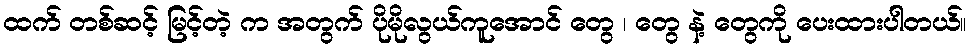
ထက် တစ်ဆင့် မြင့်တဲ့ က အတွက် ပိုမိုလွယ်ကူအောင် တွေ ၊ တွေ နဲ့ တွေကို ပေးထားပါတယ်။